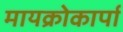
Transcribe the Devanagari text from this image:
मायक्रोकार्पा